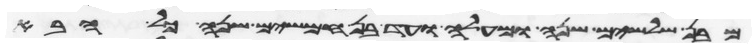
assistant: מבן שלשים שנה ומעלה ועד בן חמשים שנה כל הבא